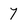
Character: 7